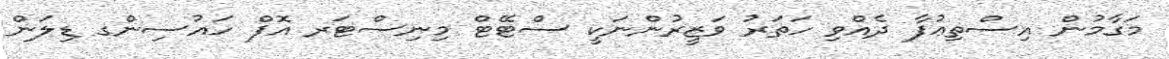
މަގާމުން އިސްތިޢުފާ ދެއްވި ހަތަރު ވަޒީރުންނަކީ ސްޓޭޓް މިނިސްޓަރ އޮފް ހައުސިންގ ޑިލަން